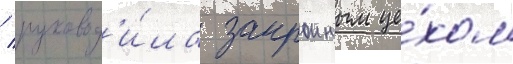
/ руковод'и́ла закроиным це́хом